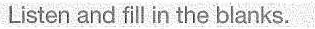
Listen and fill in the blanks.